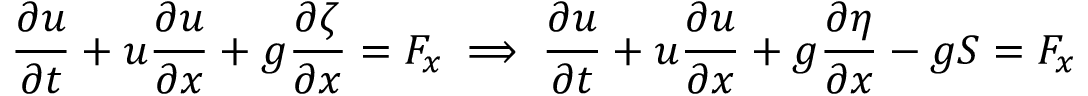
{ \frac { \partial u } { \partial t } } + u { \frac { \partial u } { \partial x } } + g { \frac { \partial \zeta } { \partial x } } = F _ { x } \implies { \frac { \partial u } { \partial t } } + u { \frac { \partial u } { \partial x } } + g { \frac { \partial \eta } { \partial x } } - g S = F _ { x }